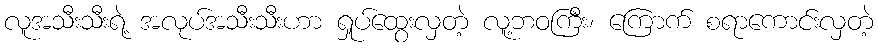
လူအသီးသီးရဲ့ အလုပ်အသီးသီးဟာ ရှုပ်ထွေးလှတဲ့ လူ့ဘဝကြီး၊ ကြောက် စရာကောင်းလှတဲ့